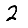
Digit: 2